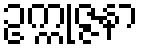
ဥက္ကုဇ္ဇနာ